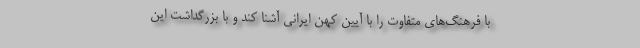
با فرهنگ‌های متفاوت را با آیین کهن ایرانی آشنا کند و با بزرگداشت این